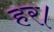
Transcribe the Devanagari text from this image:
हर।